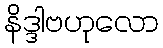
နိဒ္ဒါဗဟုလော